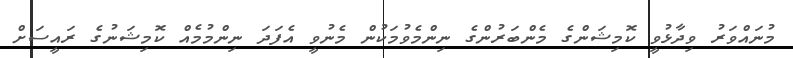
މުނައްވަރު ވިދާޅުވީ ކޮމިޝަންގެ މެންބަރުންގެ ނިންމެވުމަކުން މެނުވީ އެފަދަ ނިންމުމެއް ކޮމިޝަނުގެ ރައީސަށް